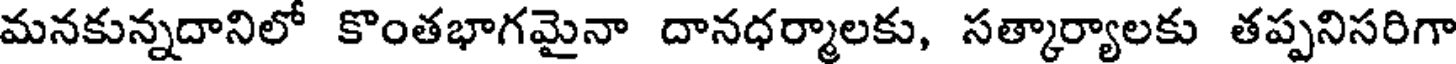
మనకున్నదానిలో కొంతభాగమైనా దానధర్మాలకు, సత్కార్యాలకు తప్పనిసరిగా